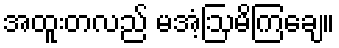
အထူးတလည် မအံ့ဩမိကြချေ။